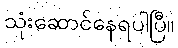
သုံးဆောင်နေရပါပြီ။